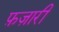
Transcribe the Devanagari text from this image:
फ़ज़ारी